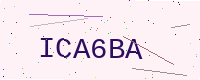
Text: ICA6BA